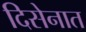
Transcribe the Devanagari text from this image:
दिसेनात